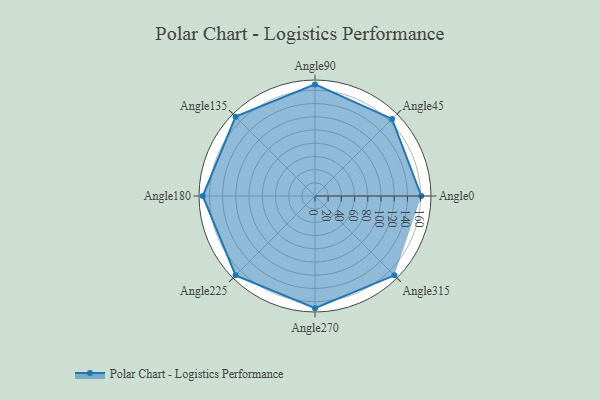
{"axis": {"x": "Angle", "y": "Radius"}, "legend": [""], "data": [{"x": "Angle0", "y": 161.0, "type": ""}, {"x": "Angle45", "y": 165.0, "type": ""}, {"x": "Angle90", "y": 169.0, "type": ""}, {"x": "Angle135", "y": 170, "type": ""}, {"x": "Angle180", "y": 170, "type": ""}, {"x": "Angle225", "y": 170, "type": ""}, {"x": "Angle270", "y": 170, "type": ""}, {"x": "Angle315", "y": 170, "type": ""}]}